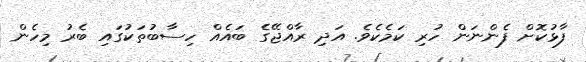
ފާޅުކޮށް ފެންނަން ހުރި ކަމެކެވެ. އަދި ރާއްޖޭގެ ބައެއް ހިސާބުތަކުގައި ބެރު މިހެން